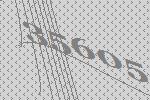
35605